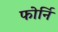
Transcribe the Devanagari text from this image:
फोर्नि